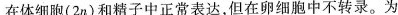
在体细胞(2n)和精子中正常表达，但在卵细胞中不转录。为